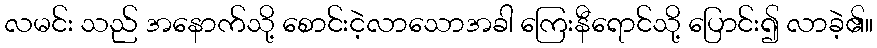
လမင်း သည် အနောက်သို့ စောင်းငဲ့လာသောအခါ ကြေးနီရောင်သို့ ပြောင်း၍ လာခဲ့၏။